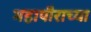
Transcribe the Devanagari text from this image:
महापौराच्या